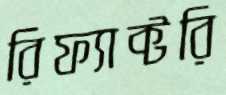
রিফ্যাক্টরি